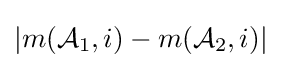
|m({\mathcal {A}}_{1},i)-m({\mathcal {A}}_{2},i)|